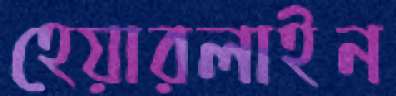
হেয়ারলাইন